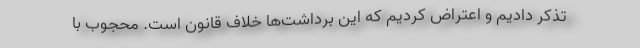
تذکر دادیم و اعتراض کردیم که این برداشت‌ها خلاف قانون است. محجوب با